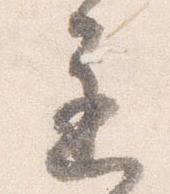
遅